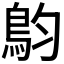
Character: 𩿖